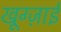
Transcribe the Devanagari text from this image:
खूग्ज़ाई